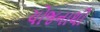
યોજનાથી